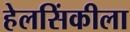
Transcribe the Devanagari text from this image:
हेलसिंकीला